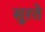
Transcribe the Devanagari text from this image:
सूरते